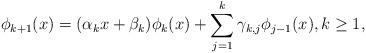
LaTeX: \begin{align*} \phi_{k+1}(x) = (\alpha_kx + \beta_k)\phi_k(x) + \sum_{j=1}^{k} \gamma_{k,j}\phi_{j-1}(x), k\geq 1,\end{align*}